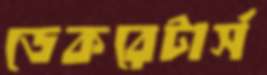
ডেকরেটার্স